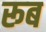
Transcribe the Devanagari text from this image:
रूब